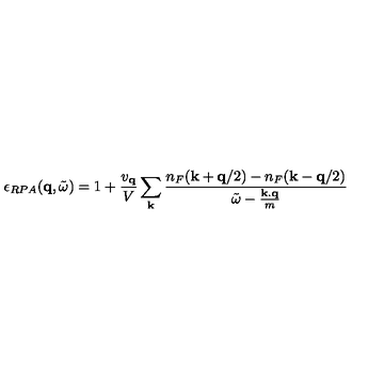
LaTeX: \epsilon _ { R P A } ( { \bf { q } } , { \tilde { \omega } } ) = 1 + \frac { v _ { { \bf { q } } } } { V } \sum _ { { \bf { k } } } \frac { n _ { F } ( { \bf { k } } + { \bf { q } } / 2 ) - n _ { F } ( { \bf { k } } - { \bf { q } } / 2 ) } { { \tilde { \omega } } - \frac { { \bf { k . q } } } { m } }